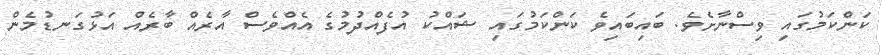
ކަންކަމުގައި ވިސްނާށެވެ. ބައިބައިވެ ކަންކަމުގައި ޝައްކު އުފެއްދުމުގެ އެއްވެސް އާރެެއް ބާރެެއް އަޅުގަނޑުމެން